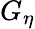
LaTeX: G_{\eta}